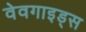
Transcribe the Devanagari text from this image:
वेवगाइड्स